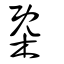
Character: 槩